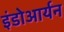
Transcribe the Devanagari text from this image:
इंडोआर्यन